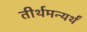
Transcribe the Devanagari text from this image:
तीर्थमन्यर्थं